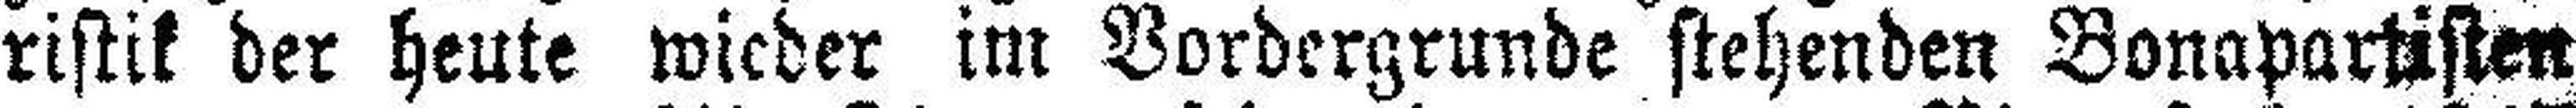
ristik der heute wieder im Vordergrunde stehenden Bonapartisten